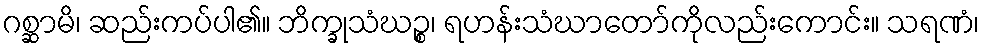
ဂစ္ဆာမိ၊ ဆည်းကပ်ပါ၏။ ဘိက္ခုသံဃဉ္စ၊ ရဟန်းသံဃာတော်ကိုလည်းကောင်း။ သရဏံ၊